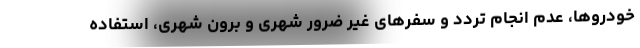
خودروها، عدم انجام تردد و سفرهای غیر ضرور شهری و برون شهری، استفاده